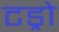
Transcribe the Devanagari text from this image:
टड्रो